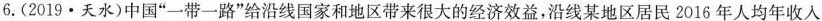
6.(2019·天水)中国”一带一路”给沿线国家和地区带来很大的经济效益，沿线某地区居民2016年人均年收入